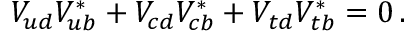
V _ { u d } V _ { u b } ^ { * } + V _ { c d } V _ { c b } ^ { * } + V _ { t d } V _ { t b } ^ { * } = 0 \, .